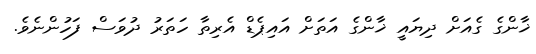
ޚާންގެ ގެއަށް ދިޔައީ ޚާންގެ އަތަށް އައިޕެޑް އެރިތާ ހަތަރު ދުވަސް ފަހުންނެވެ.